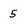
Character: 5